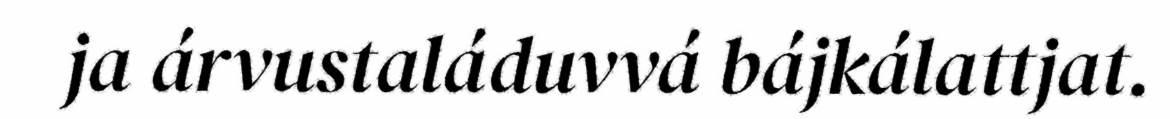
ja árvustaláduvvá bájkálattjat.